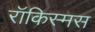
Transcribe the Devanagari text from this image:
रॉकिस्मस